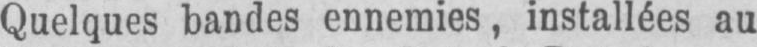
Quelques bandes ennemies, installées au